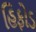
હિફોડ